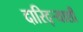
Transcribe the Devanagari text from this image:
दारिद्र्‍याशी